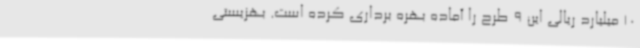
10 میلیارد ریالی این 9 طرح را آماده بهره برداری کرده است. بهزیستی